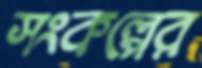
সংকল্পের